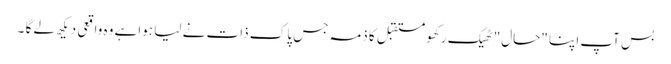
بس آپ اپنا "حال" ٹھیک رکھو مستقبل کا ذمہ جس پاک ذات نے لیا ہواہے وہ واقعی دیکھ لے گا ۔